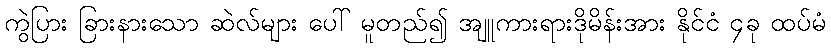
ကွဲပြား ခြားနားသော ဆဲလ်များ ပေါ် မူတည်၍ အျူကားရားဒိုမိန်းအား နိုင်ငံ ၄ခု ထပ်မံ